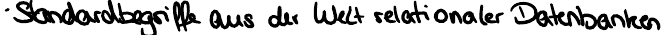
Standardbegriffe aus der Welt relationaler Datenbanken